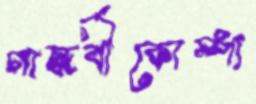
গান্ধর্বীকোম্পা